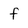
Character: f